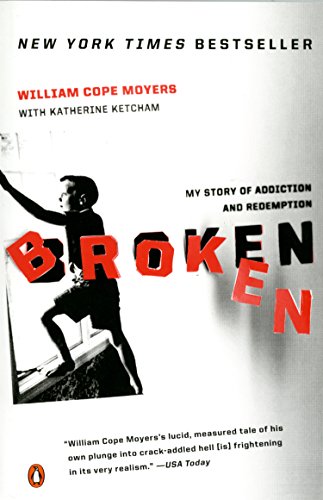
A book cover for Broken: My Story of Addiction and Redemption; William Cope Moyers; Health, Fitness & Dieting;